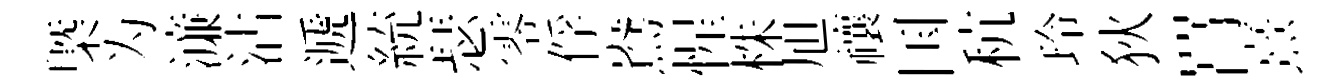
槩为濓沾遞統瑟零俘鴦惺株旭禳国秔玲狄罥熹